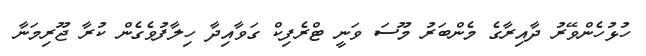
ހުޅުހެންވޭރު ދާއިރާގެ މެންބަރު މޫސަ ވަނީ ޓްރެފިކް ގަވާއިދާ ހިލާފުވެގެން ކުރާ ޖޫރިމަނާ